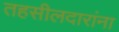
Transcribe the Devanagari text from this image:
तहसीलदारांना